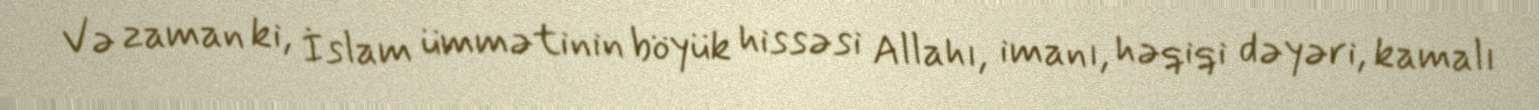
Və zaman ki, İslam ümmətinin böyük hissəsi Allahı, imanı, həqiqi dəyəri, kamalı